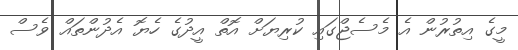
މީގެ އިތުރުން އެ މެސެޖްގައި ކުރިޔަށް އޮތް އީދުގެ ހެޔޮ އެދުންތައް ވެސް